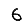
Digit: 6